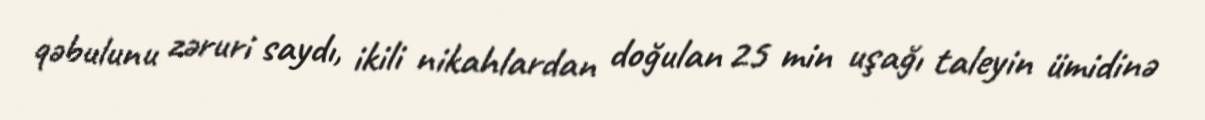
qəbulunu zəruri saydı, ikili nikahlardan doğulan 25 min uşağı taleyin ümidinə